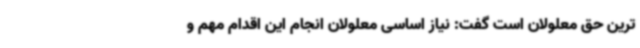
ترین حق معلولان است گفت: نیاز اساسی معلولان انجام این اقدام مهم و